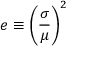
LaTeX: e \equiv \left( { \frac { \sigma } { \mu } } \right) ^ { 2 }